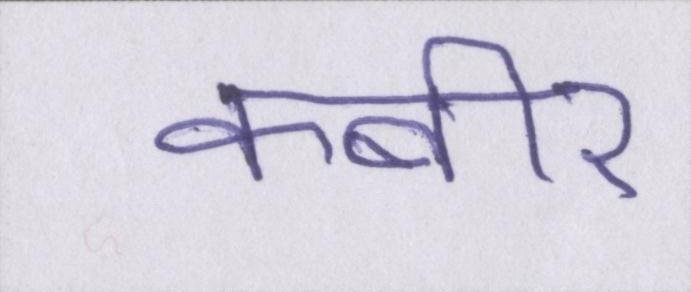
कबीर